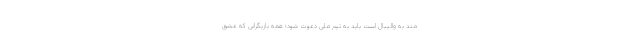
مند به والیبال است باید به تیم ملی دعوت شود؛ همه بازیگرانی که عشق